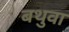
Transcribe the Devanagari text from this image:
बथुवा